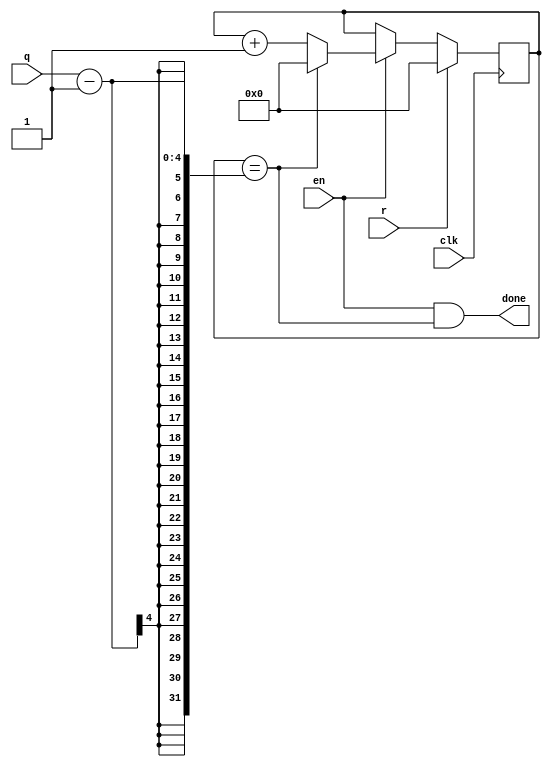
module timer(r,en,done,q,clk);
parameter counter_bits=4;
input r,en,clk;
output done;
input [counter_bits-1:0]q;//
reg [counter_bits-1:0]p;
assign done = en&&(p==(q-1));
always @ (posedge clk)begin
    if(r)
        p = 0;
   else if(en)
   begin
       if(p==(q-1))
       p=0;
       else
       p=p+1;
   end
end
endmodule